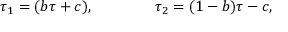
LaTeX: \tau _ { 1 } = ( b \tau + c ) , \qquad \qquad \tau _ { 2 } = ( 1 - b ) \tau - c ,